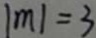
\vert m \vert = 3